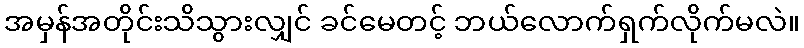
အမှန်အတိုင်းသိသွားလျှင် ခင်မေတင့် ဘယ်လောက်ရှက်လိုက်မလဲ။